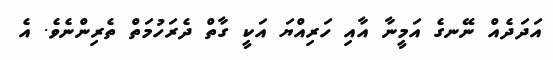
އަދަދެއް ނޭނގެ އަމީނާ އާއި ހަރިއްޔަ އަކީ ގާތް ދެރަހުމަތް ތެރިންނެވެ. އެ